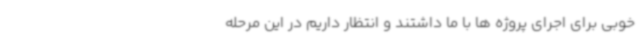
خوبی برای اجرای پروژه ها با ما داشتند و انتظار داریم در این مرحله